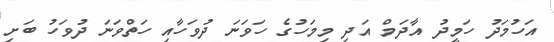
އަހުމަދު ހަމީދު އާދަމް އަދި މިމަހުގެ ހަވަނަ ދުވަހާއި ހަތްވަނަ ދުވަހު ބަށި